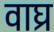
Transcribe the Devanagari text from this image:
वाघ्र